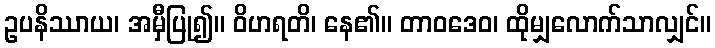
ဥပနိဿာယ၊ အမှီပြု၍။ ဝိဟရတိ၊ နေ၏။ တာဝဒေဝ၊ ထိုမျှလောက်သာလျှင်။